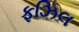
ફઝિલ